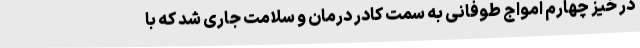
در خیز چهارم امواج طوفانی به سمت کادر درمان و سلامت جاری شد که با